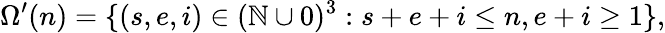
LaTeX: \Omega^{\prime}(n)=\{ (s,e,i)\in(\mathbb{N}\cup 0)^{3}:s+e+i\leq n,e+i\geq 1\} ,